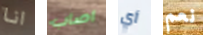
انا اصاب أي نعم